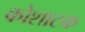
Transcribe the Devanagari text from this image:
कोशाटक